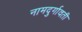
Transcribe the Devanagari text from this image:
नामदुर्गावती